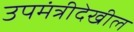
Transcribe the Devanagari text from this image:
उपमंत्रीदेखील